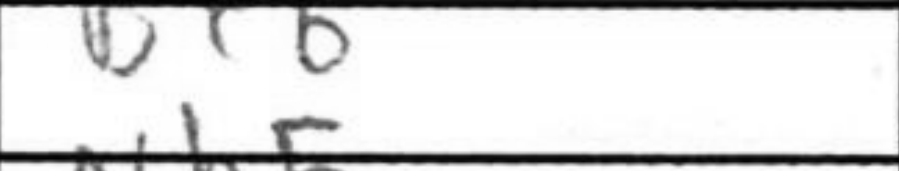
Transcription: Be6